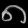
Digit: ၈